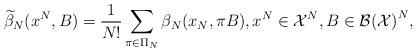
LaTeX: \begin{align*}\widetilde{\beta}_N(x^N, B)= \frac{1}{N!}\sum_{\pi \in \Pi_N} \beta_N(x_N, \pi B), x^N \in \mathcal X^N, B \in \mathcal{B(X)}^N,\end{align*}